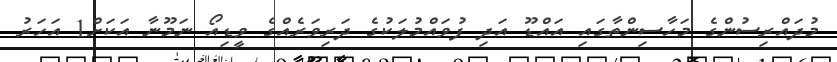
މުދައްރިސުންގެ މަހާސިންތާގައި އައްޑޫ އަދި ފުވައްމުލަކުގެ ދަރިވަރެއްގެ ވީޑިއޯ ނަމޫނާ އަކަށް1 އަހަރު